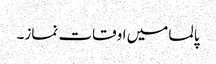
پالما میں اوقات نماز۔